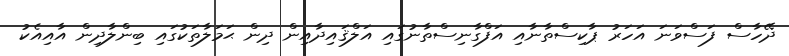
ދޭހާސް ފަސްވަނަ އަހަރު ޕާކިސްތާނާއި އަފްގާނިސްތާނުގައި އަލްޤައިދާއިން ދިން ޙަމަލާތަކުގައި ބިންލާދިން އާއިއެކު